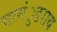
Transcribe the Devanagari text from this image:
चामंुडराय